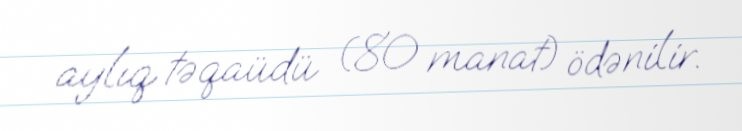
aylıq təqaüdü (80 manat) ödənilir.